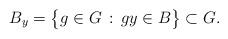
LaTeX: \begin{align*}B_y = \big\{ g \in G \, : \, gy \in B \big\} \subset G.\end{align*}